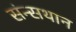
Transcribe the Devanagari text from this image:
संन्सथान